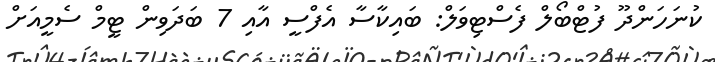
ކުނަހަންދޫ ފުޓްބޯލް ފެސްޓިވަލް: ބައިކާސާ އެފްސީ އާއި 7 ބަދަވިން ޓީމް ސެމީއަށް